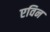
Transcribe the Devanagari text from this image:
एविन